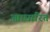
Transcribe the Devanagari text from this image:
आाधारित